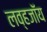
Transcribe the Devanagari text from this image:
लव्हजॉय